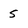
Character: 5